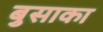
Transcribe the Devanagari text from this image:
बुसाका